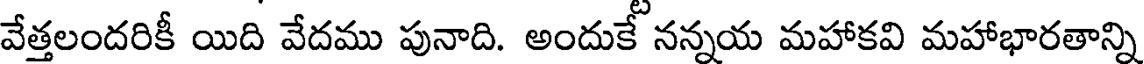
వేత్తలందరికీ యిది వేదము పునాది. అందుకే నన్నయ మహాకవి మహాభారతాన్ని